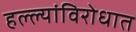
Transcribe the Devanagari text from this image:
हल्ल्यांविरोधात